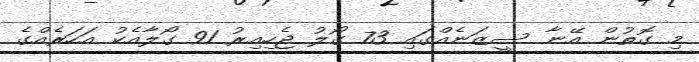
މި ގޮތުން އޭނާ ސީޒަނެއްގައި 73 ގޯލު ޖެހިއިރު 91 ގޯލާއެކު އަހަރެއްގެ